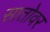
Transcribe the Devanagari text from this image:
सातोवर